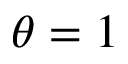
\theta = 1